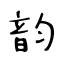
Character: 韵